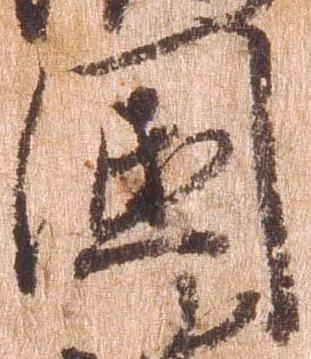
国